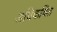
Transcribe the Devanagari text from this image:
अधिकथित